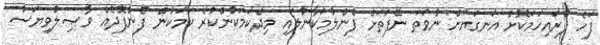
ފަހެ ފުރައިހަމަކޮށް އަނގަޔަށް ނުވަތަ ނޭފަތަށް ފެންލުމަކާނުލައި މިދެކަމަކުންކުރެ ކަމަކުން ފެންފޮދެއް ވާޞިލުވިޔަސް